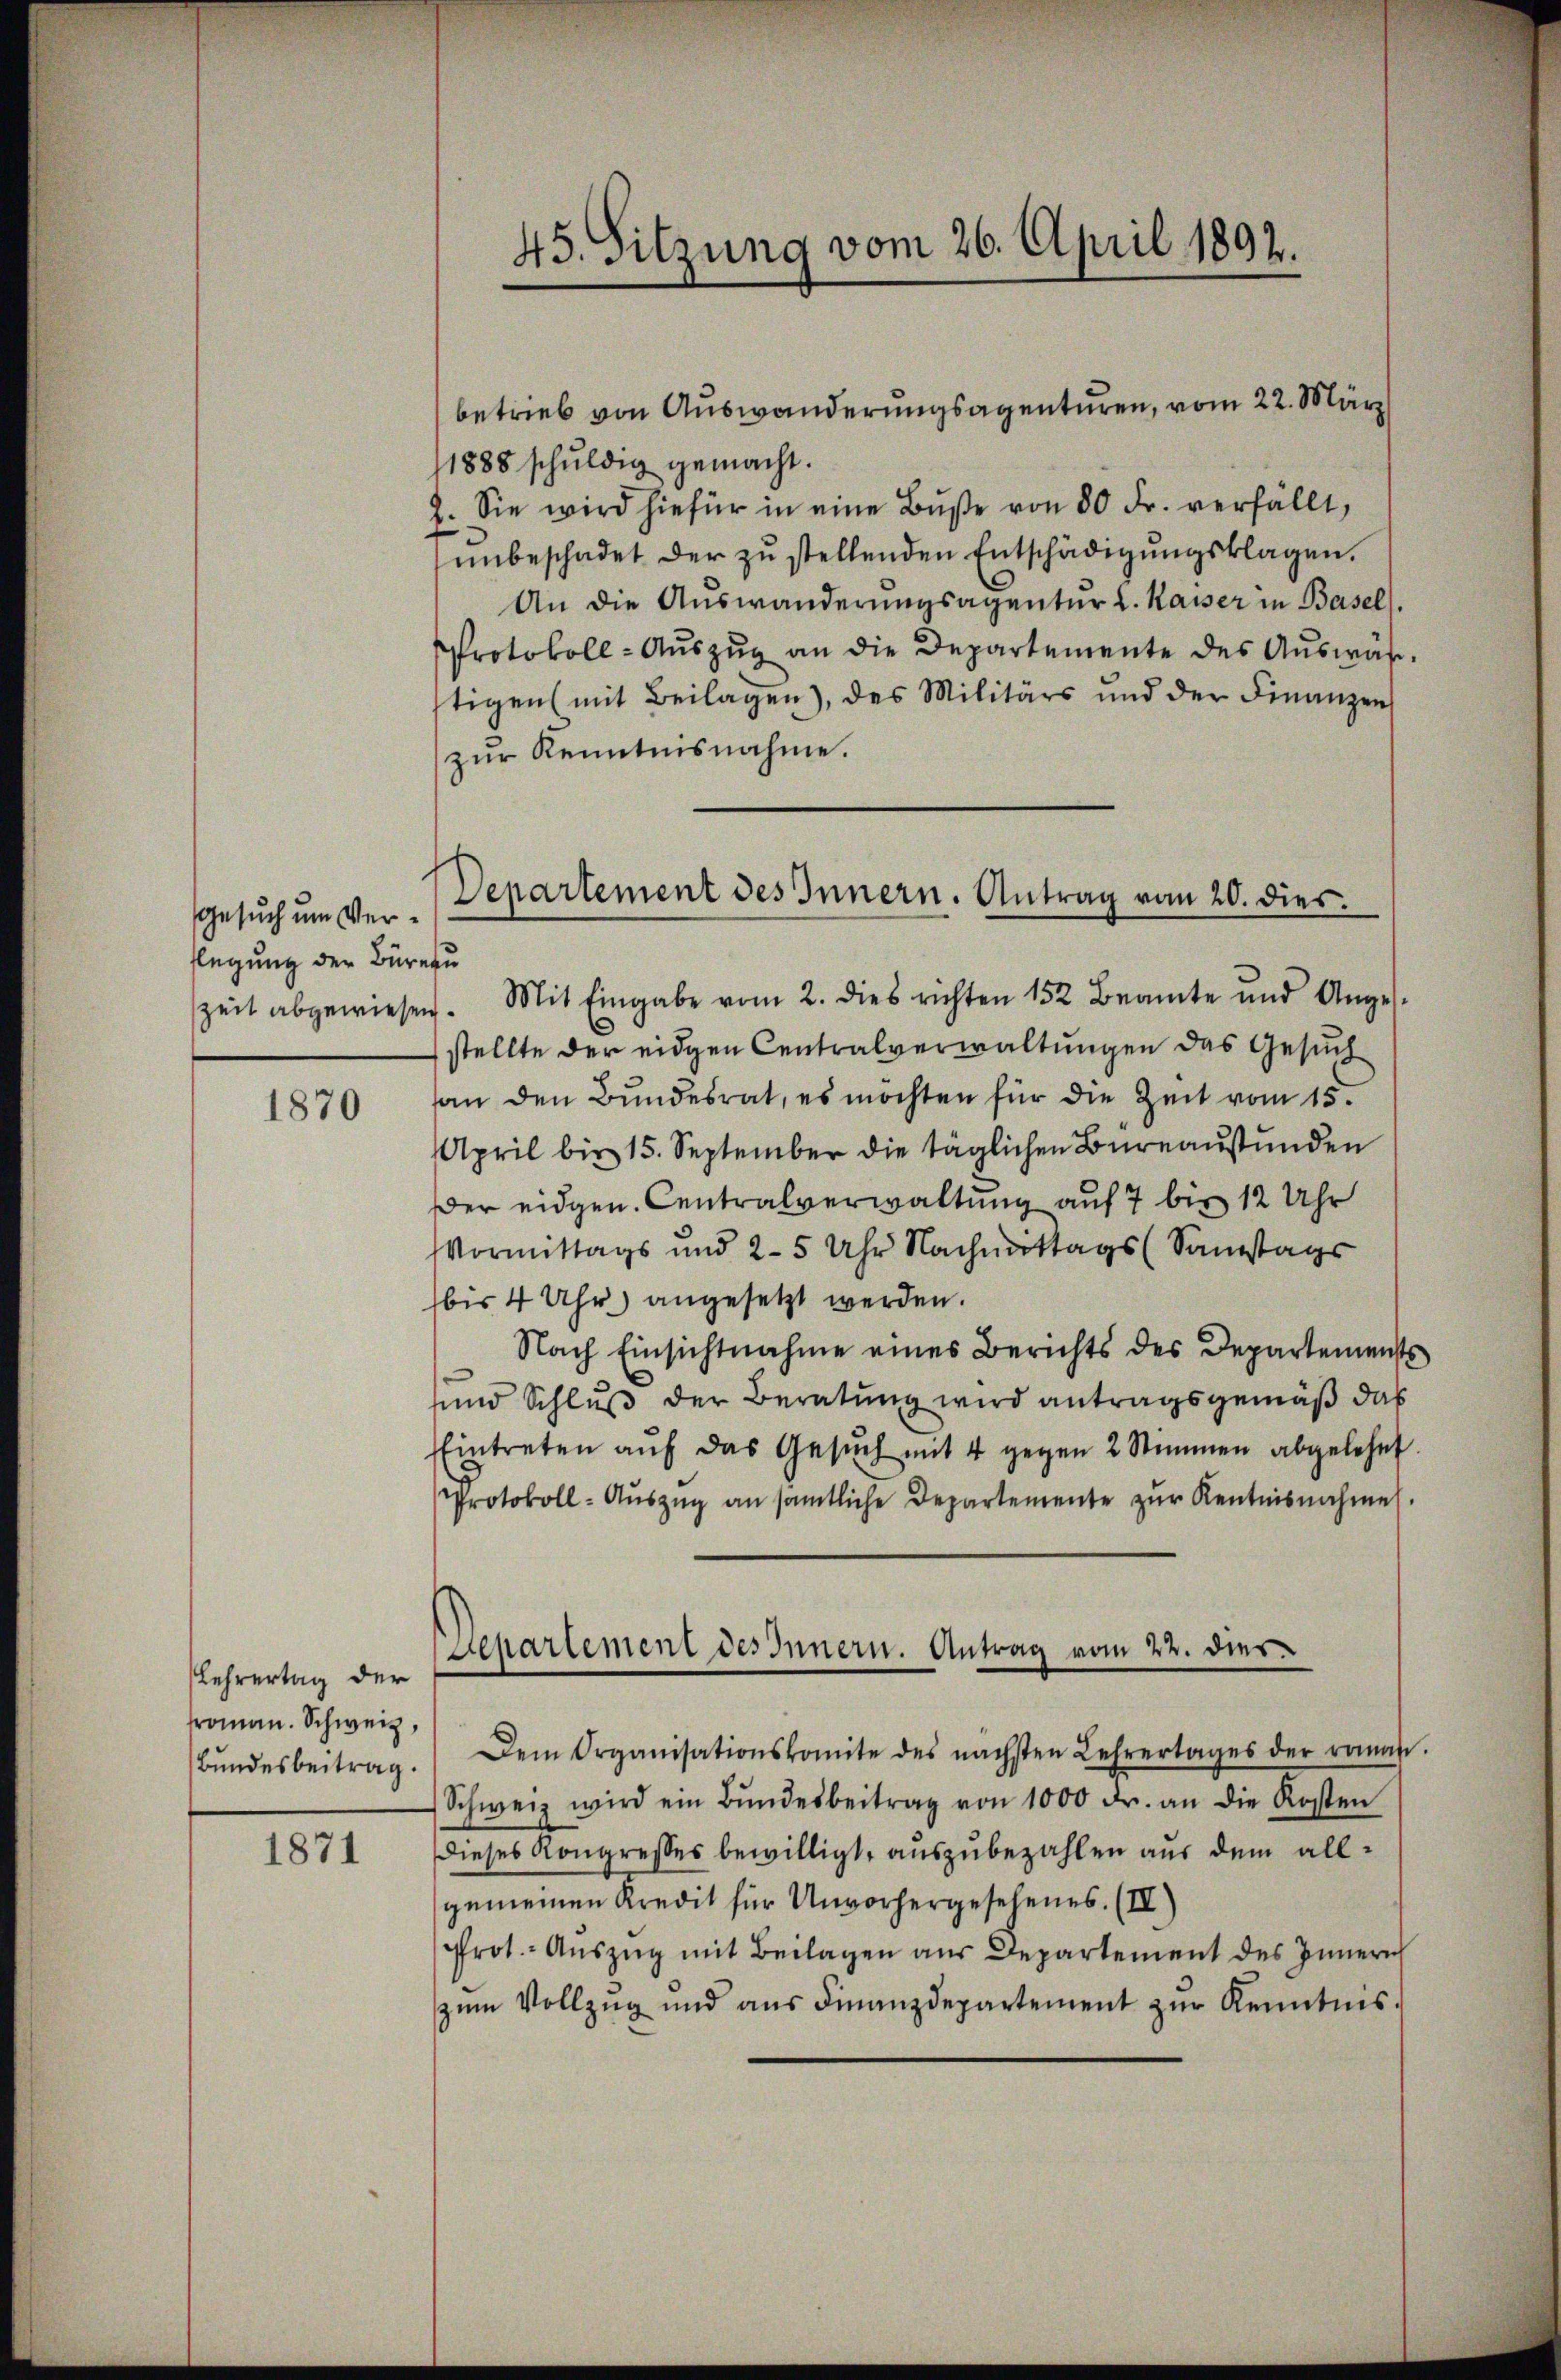
Gesuch um Verflegung der Büreau

1870

Lehrertag der
roman. Schweiz,
Bundesbeitrag.

1871

45. Sitzung vom 26. April 1892.

betrieb von Auswanderungsagenturen, vom 22. März
1888 schuldig gemacht.
2. Sie wird hiefür in eine Bŭβe von 80 Fr. verfällt,
ŭnbeschadet der zŭ stellenden Entschädigŭngsklagen.
An die Auswanderungsagentur d. Kaiser in Basel
Protokoll-Auszug an die Departemente des Auswärstigen mit Beilagen), des Militärs und der Finanzens
zŭr Kenntnisnahme.
zeit abgewiesen. Mit Eingabe vom 2. dies richten 152 Beamte und Anges-
stellte der eidgen Centralverwaltungen das Gesuch
an den Bundesrat, es möchten für die Zeit vom 15.
April bis 15. September die täglichen Büreaŭstunden
Der eidgen. Centralverwaltung auf 7 bis 12 Uhr
Vormittags und 2-5 Uhr Nachmittags (Samstags
bis 4 Uhr) angesetzt werden.
Nach Einsichtnahme eines Berichts des Departements
unnd Schluß der Beratung wird antragsgemäß das
Eintreten aŭf das Gesŭch mit 4 gegen 2 Stimmen abgelehnt
Protokoll-Auszug an sämtliche Departemente zur Kentnisnahme
Dem Organisationskomite des nächsten Lehrertages der romani
Schweiz wird ein Bŭndesbeitrag von 1000 Fr. an die Kosten
Dieses Kongresses bewilligt, auszubezahlen aus dem allgemeinen Kredit für Unvorhergesehenes. (IV)
Prot.- Aŭszŭg mit Beilagen aus Departement des Innern
zŭm Vollzŭg und ans Finanzdepartement zŭr Kenntnis.

Departement des Innern. Antrag vom 20. dies

Separtement des Innern. Antrag vom 22. dies